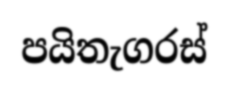
පයිතැගරස්